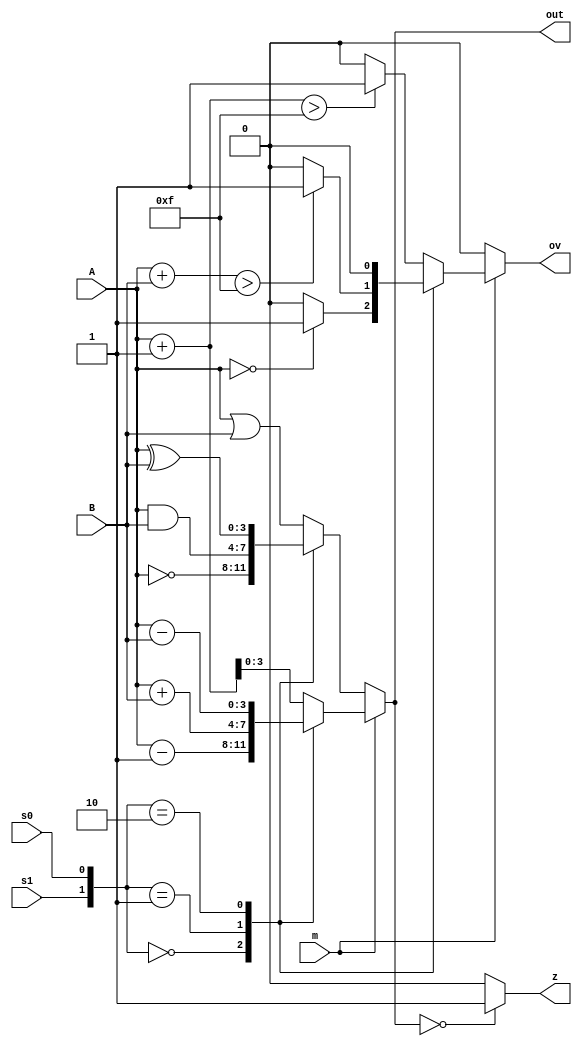
// Verilog Code: An Arithmetic Logic Unit (ALU)

module ALU (m, s1, s0, A, B, out, z, ov);
 
input m, s1, s0;       	         //This hold 3 bits selection for m, s1, s0
input [3:0] A, B;      	          //This hold 4 bits input
output reg [3:0] out;  	        //This hold 4 bits output
output reg z, ov;      	//This hold check zero and overflow
 
always @ (m, s1, s0, A, B)
begin
  ov=0;
  if (m == 1'b0)        	//logic operation
	case ({s1, s0})
  	2'b00: out = ~A;  	//bitwise negation
  	2'b01: out = A & B;   //bitwise AND
  	2'b10: out = A ^ B;   //bitwise XOR
  	default: out = A | B; //bitwise OR
	endcase
  else                  	//arithmetic operation
	case ({s1, s0})
  	2'b00:
    	begin
      	out = A - 1;  	// decrement
      	if(A == 0)
        	ov = 1;
    	end 
  	2'b01:
    	begin
      	out = A + B;  	//addition
      	if ((A+B > 15))   // This check overflow
        	ov=1;
    	end 
  	2'b10:
    	begin
      	out = A - B;       	//subtraction
    	end
  	default:
    	begin
      	out = A + 1;       	// increment
      	if ((A+1 > 15))  //check overflow
        	ov=1;
    	end
	endcase
  if (out==0000)
	z=1;    	//set z flag=1 if out==0
  else
	z=0;    	//set z flag=0 if out!==0
end
endmodule